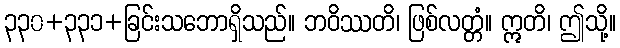
၃၃၀+၃၃၁+ခြင်းသဘောရှိသည်။ ဘဝိဿတိ၊ ဖြစ်လတ္တံ။ ဣတိ၊ ဤသို့။